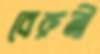
বেরুনী